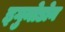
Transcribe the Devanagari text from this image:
इगुनोडोन